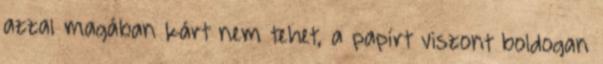
azzal magában kárt nem tehet, a papírt viszont boldogan